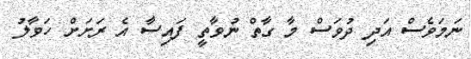
ނަމަވެސް އަދި ދުވަސް މާ ގާތް ނުވާތީ ފައިސާ އެ ރަށަށް ހަވާލު